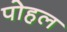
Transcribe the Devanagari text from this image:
पोहल